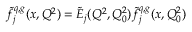
\tilde { f } _ { j } ^ { q , g } ( x , Q ^ { 2 } ) = \tilde { E } _ { j } ( Q ^ { 2 } , Q _ { 0 } ^ { 2 } ) \tilde { f } _ { j } ^ { q , g } ( x , Q _ { 0 } ^ { 2 } )